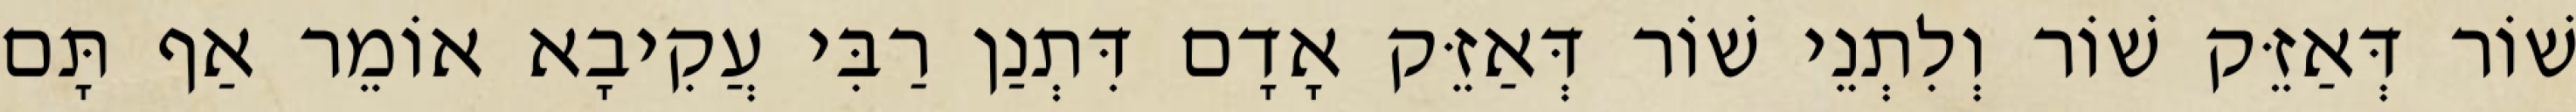
שׁוֹר דְּאַזֵּק שׁוֹר וְלִתְנֵי שׁוֹר דְּאַזֵּק אָדָם דִּתְנַן רַבִּי עֲקִיבָא אוֹמֵר אַף תָּם